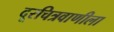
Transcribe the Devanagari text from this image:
दूरचित्रवाणीला